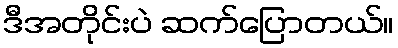
ဒီအတိုင်းပဲ ဆက်ပြောတယ်။